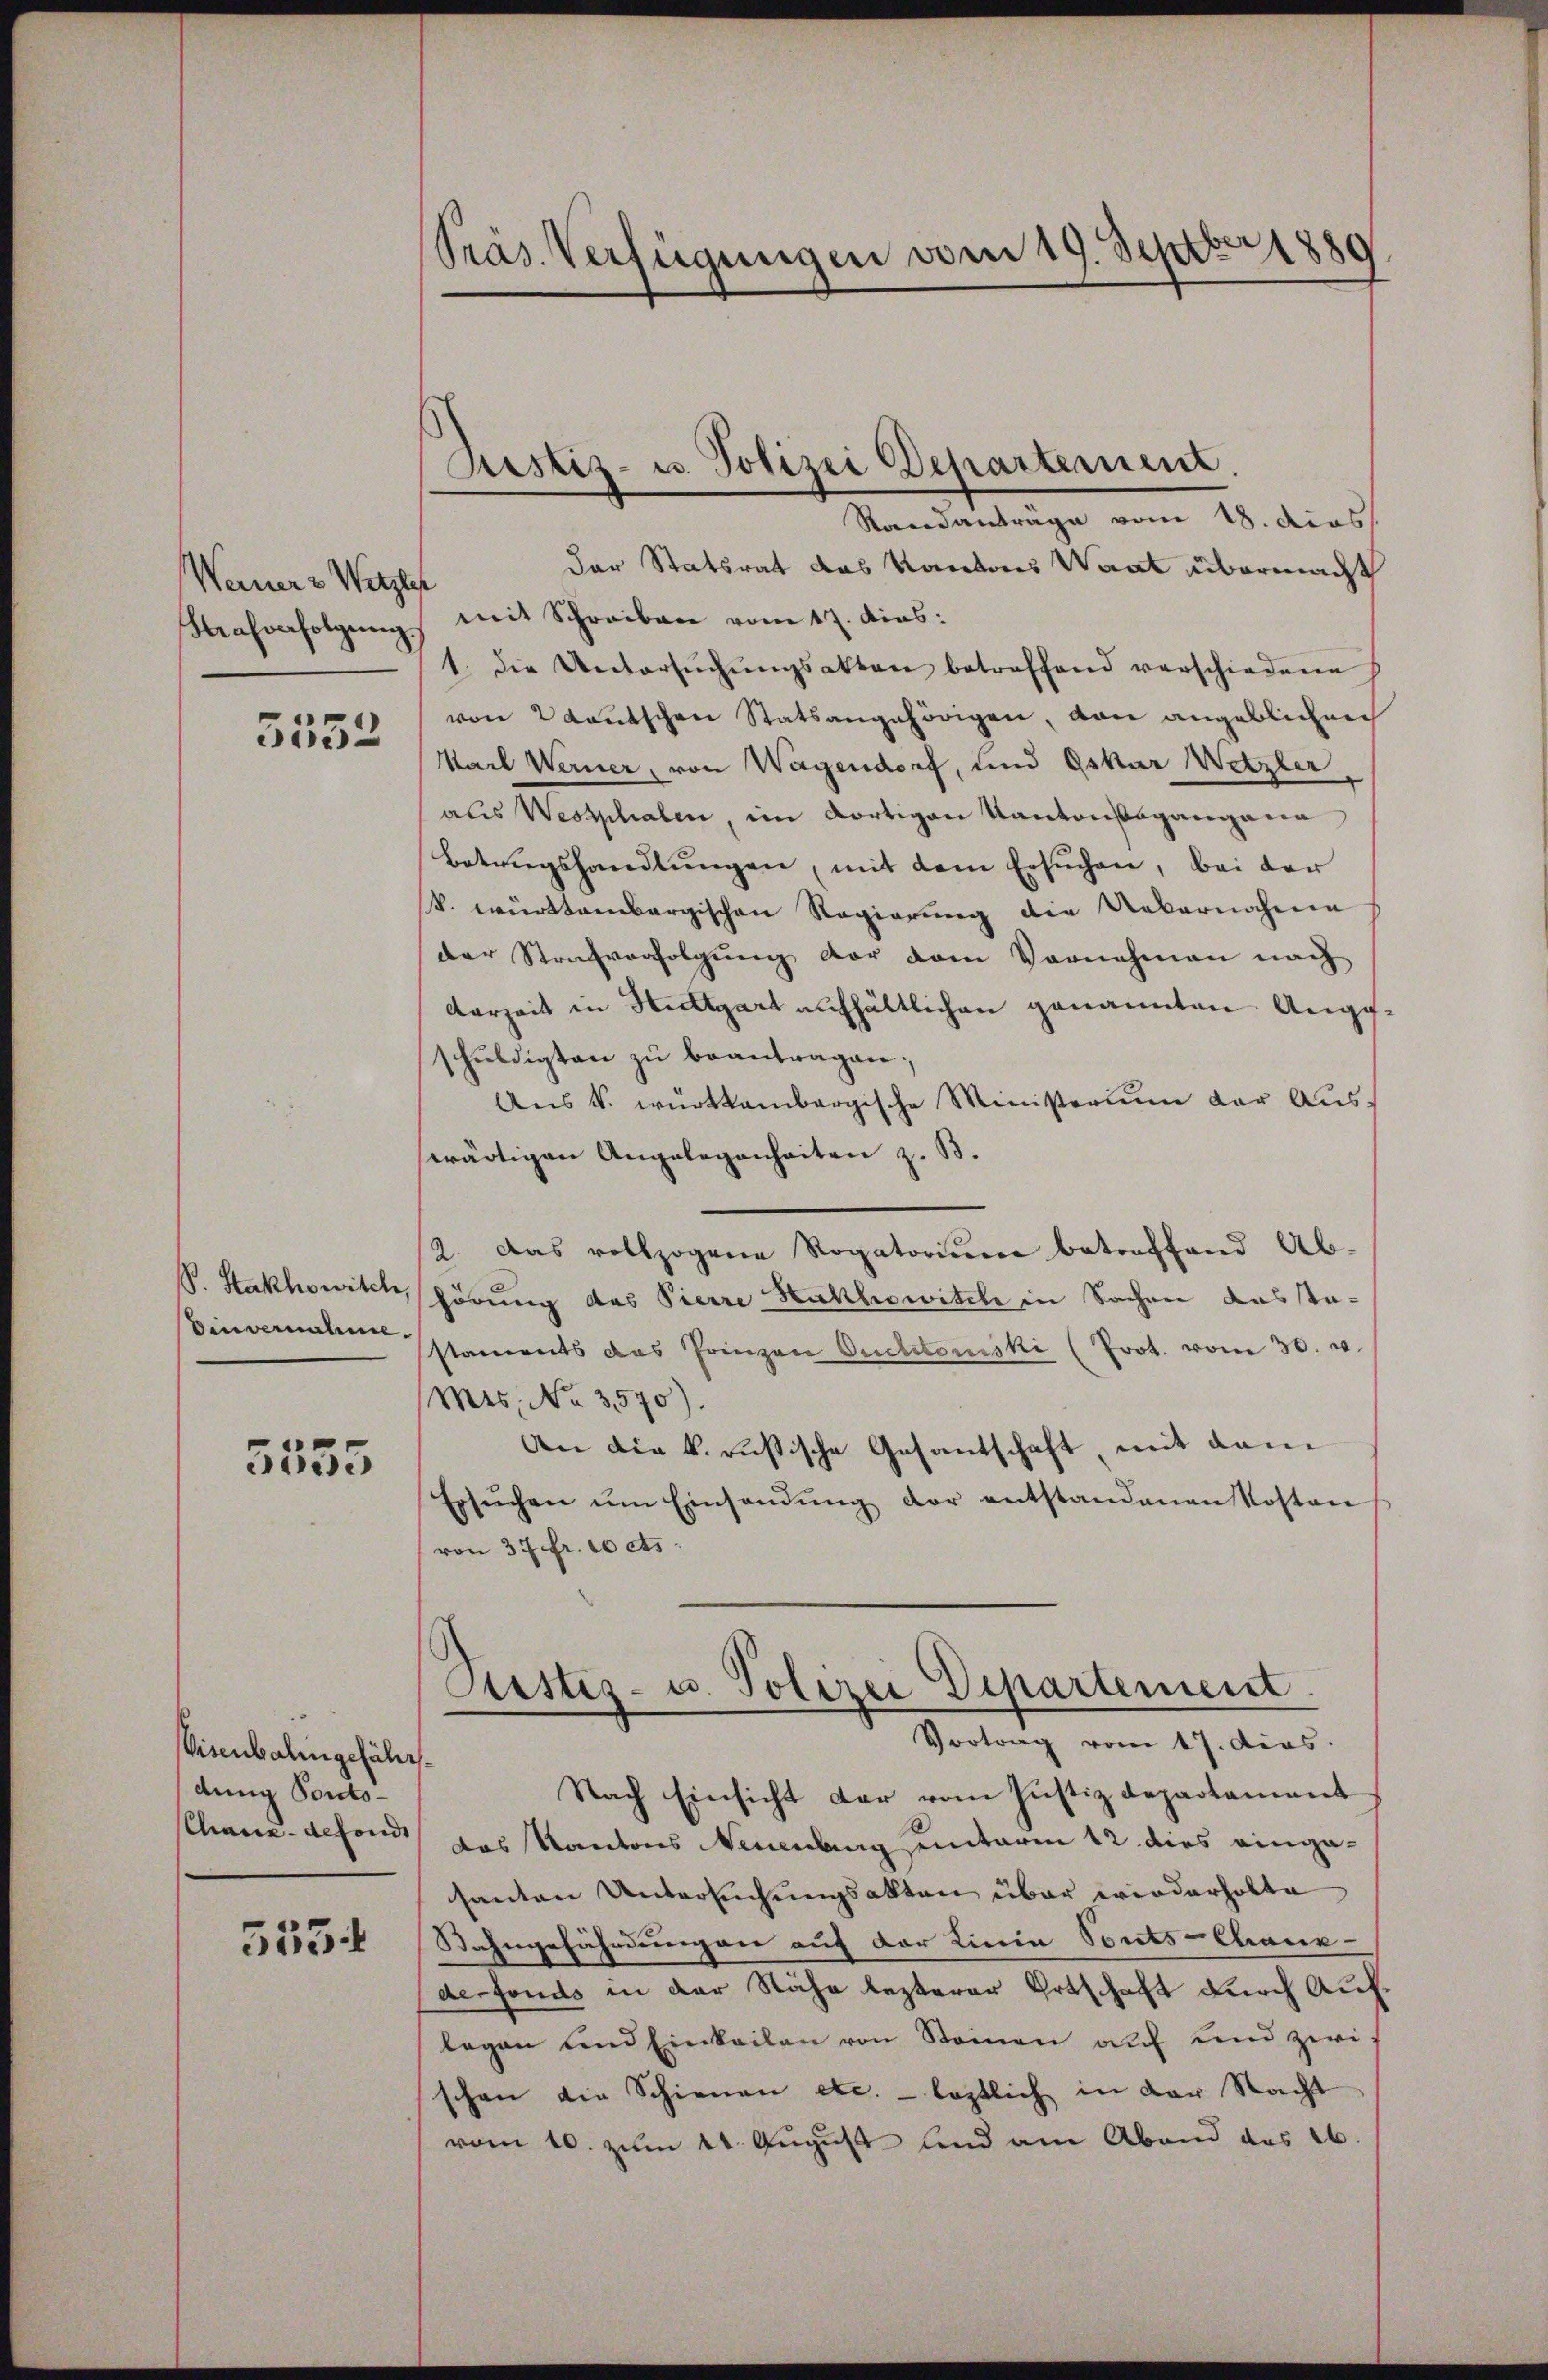
Werner z Wetzler
Strafverfolgen.

5552

S. Stakhowitch
Einvernahme.

5535

Visenbalingefällsdung Ponto¬
Chaux-defonds

555.

Präs. Verfügungen vom 19. Septbr 1889

Justiz- u. Polizei Departement.
Randanträge vom 18. dies

der Statsrat das Kantons Waat übermacht
mit Schreiben vom 17. dies:
1. die Untersŭchŭngsakten betreffend verschiedene
von 2 Kautschen Statsangehörigen, von angeblichen
Karl Werner, von Wagendorf, und Oskar Wetzler
aus Westphalen, im dortigen Kantonsgangena
Betrugshandlŭngen, mit dem Ersuchen, bei der
k. württembergischen Regierung die Uebernahmen
der Strafverfolgung vor dem Vornehmen nach
derzeit in Stuttgart aufhältlichen genannten Angeschŭldigten zŭ beantragen;
Aŭs k. württembergische Ministerium der Auswärtigen Angelegenheiten z. B.
2. Das vollzogene Rogatorium betreffend Ab-
hörung des Pierre Hakhowitzle in Sachen das stastaments das Prinzen Quetstoriski (Prot. vom 30. v.
Mts. No. 3570).
An die k. russische Gesantschaft, mit dem
Ersŭchen ŭm Einsendŭng der entstandenen Kosten
von 37 fr. 10 cts.
Rustiz- u. Polizei Departement.
Vortrag vom 17. dies
Nach Einsicht der vom Justizdepartement
das Kantons Neuenburg unterm 12 dies eingasanton Untersuchungsakten über wiederholte
Bahngefährdungen auf der Linia Vonts-Cane
defonds in der Nähe lezterer Ertschaft durch Auflegen und Einkailen von Steinen auf und zwi
schen die Schienen etc. - leztlich in der Nacht
vom 10. zum 11. August und am Abend das 16